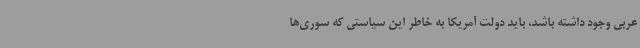
عربی وجود داشته باشد، باید دولت آمریکا به خاطر این سیاستی که سوری‌ها